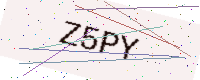
Text: Z5PY